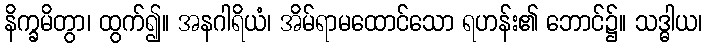
နိက္ခမိတွာ၊ ထွက်၍။ အနဂါရိယံ၊ အိမ်ရာမထောင်သော ရဟန်း၏ ဘောင်၌။ သဒ္ဓါယ၊